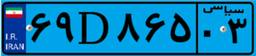
۷۲D۸۵۶۴۴